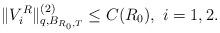
LaTeX: \begin{align*}\|V_{i}^R\|^{(2)}_{q,B_{R_0,T}}\leq C(R_0),\ i=1,2.\end{align*}